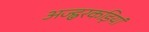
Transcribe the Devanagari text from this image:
अज्ह्वरकड़ियां